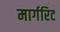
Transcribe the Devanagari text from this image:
मार्गरिट